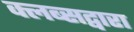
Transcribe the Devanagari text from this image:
क्लब्सद्वारा